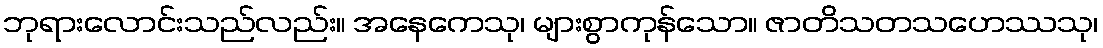
ဘုရားလောင်းသည်လည်း။ အနေကေသု၊ များစွာကုန်သော။ ဇာတိသတသဟေဿသု၊